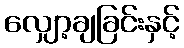
လျှော့ချခြင်းနှင့်